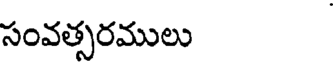
సంవత్సరములు